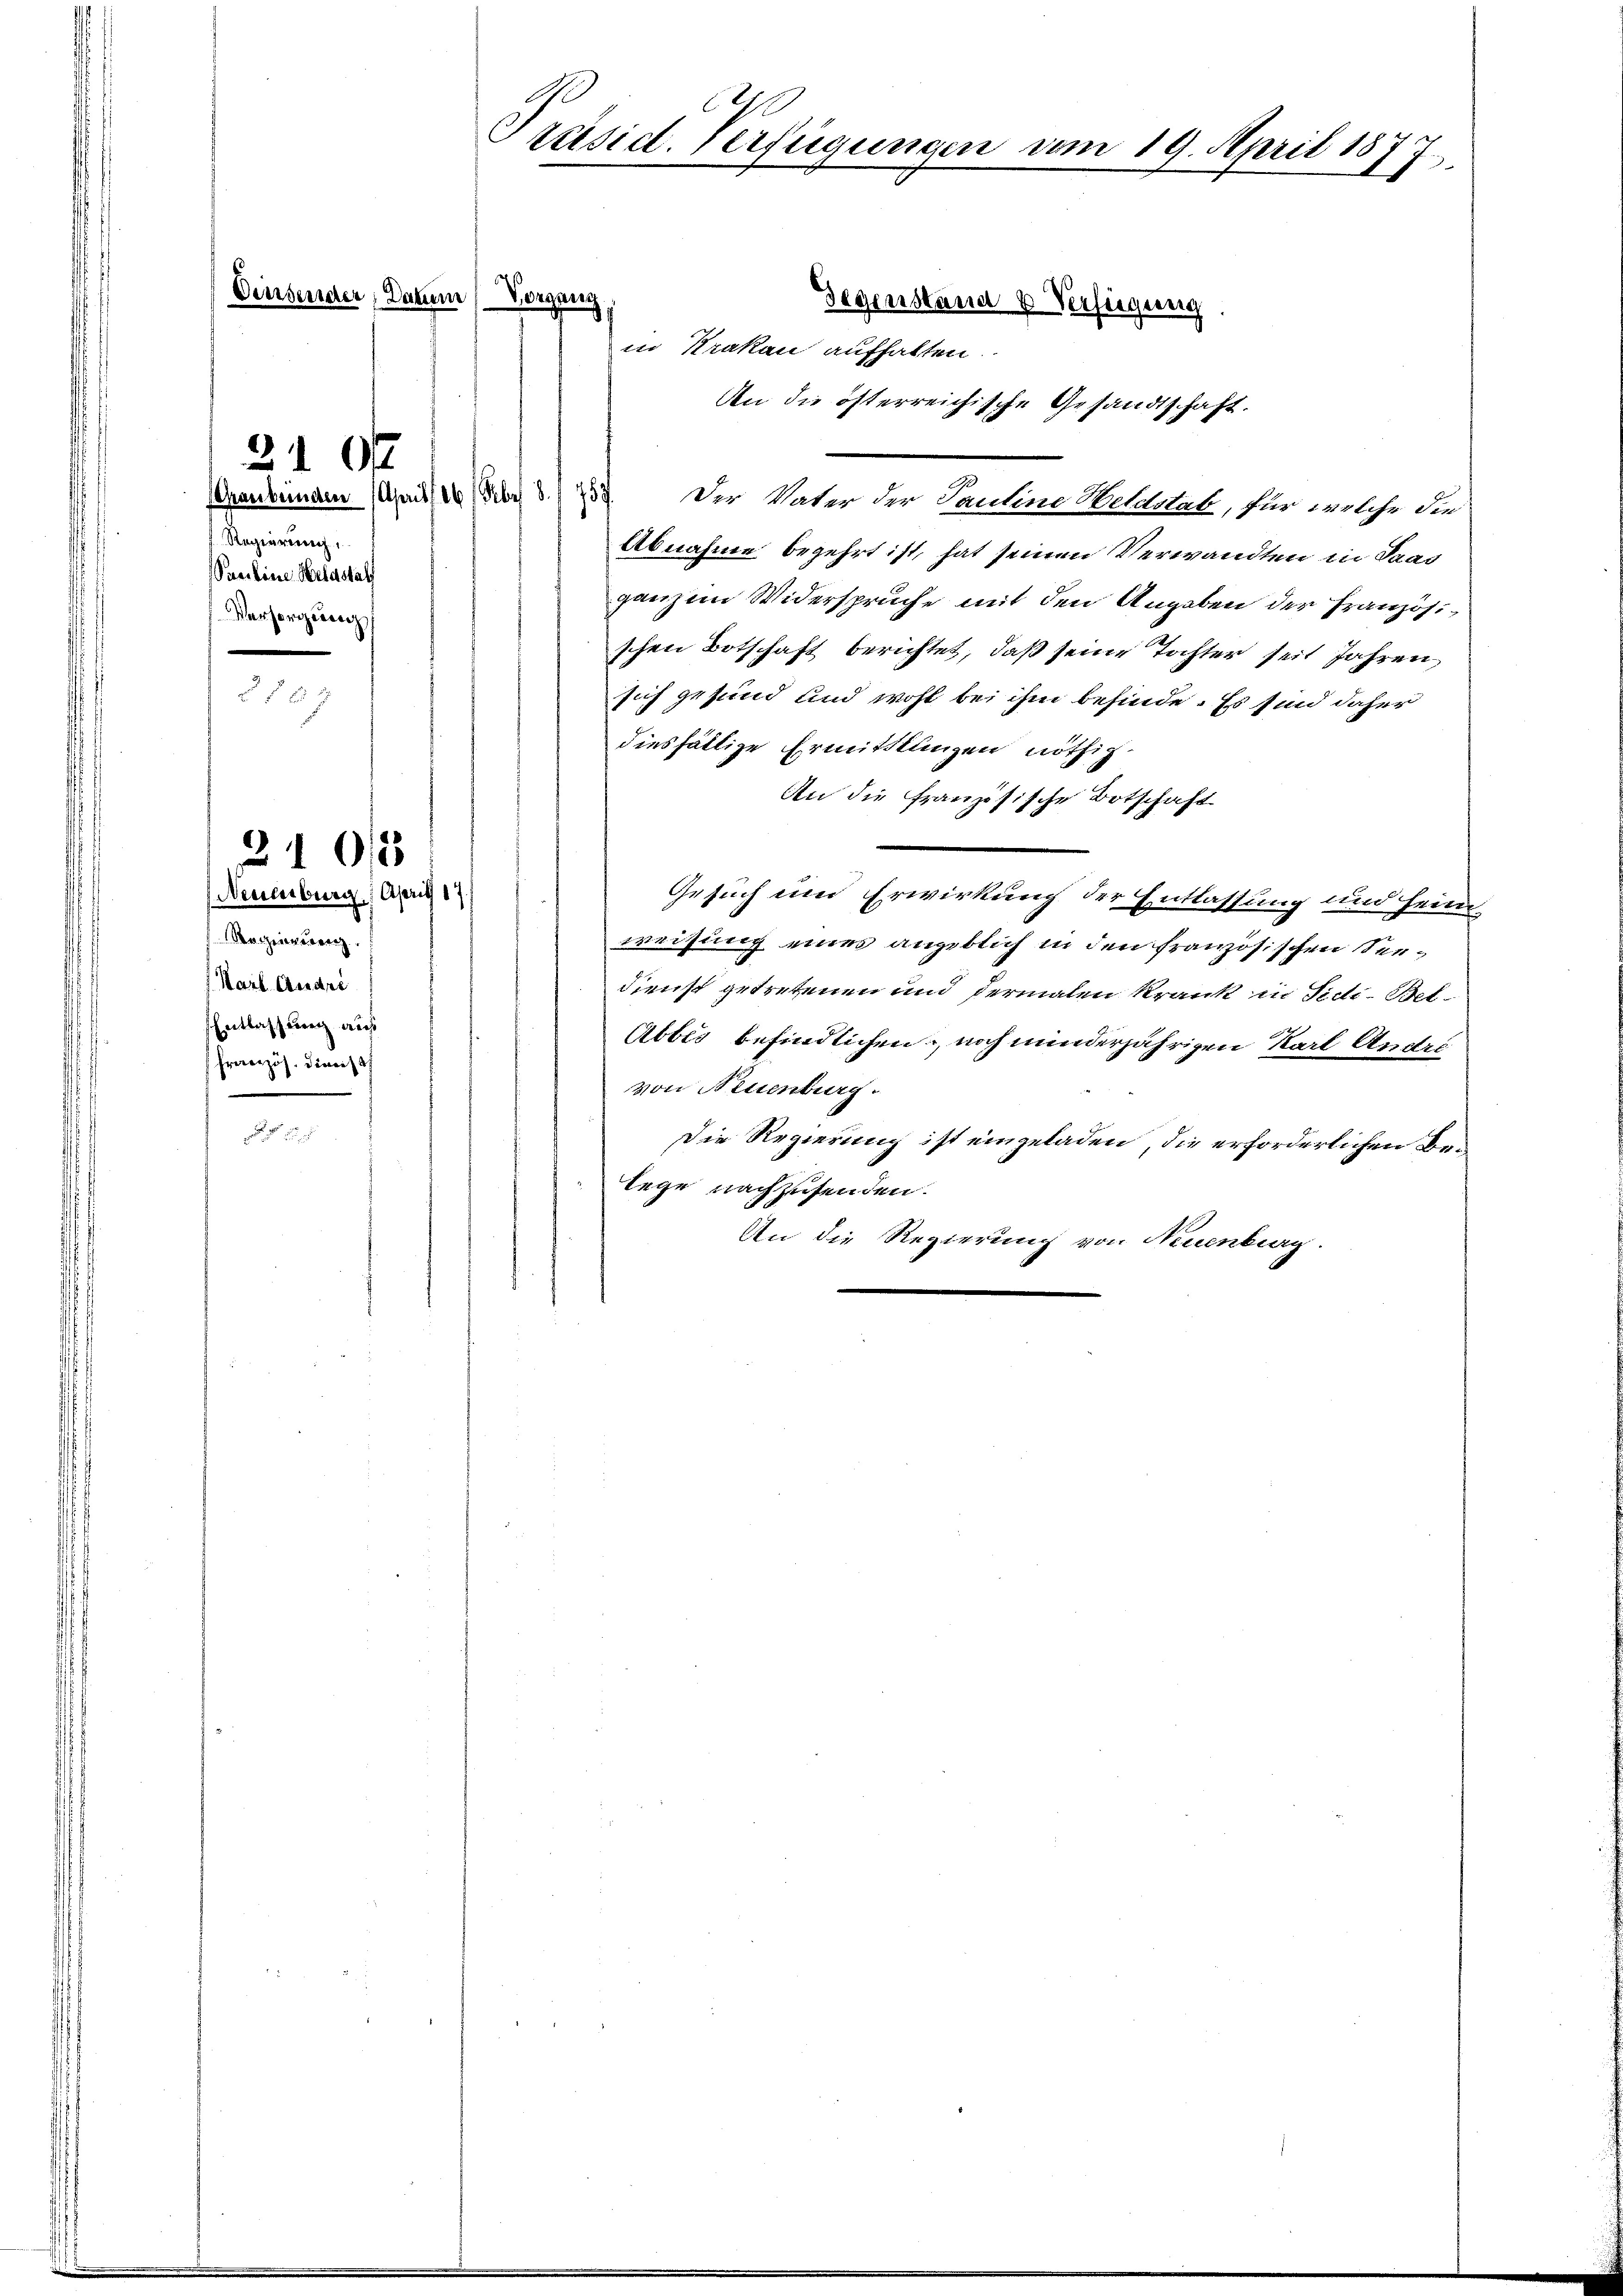
Graubünden Aprill 26. Febr. 8. 1757.
Regierung,
Paeckene Helastal
Versorgung

Einsender, Datum Vorgang,

210

Nachweig
Karl Andri
Entlassung auf
zös. Dienst

210/5
Neuenburg, April 17

0
Präsid. Verfügungen vom 19. April 1877.

in Krakau aufhalten.
An die österreichische Gesandtschaft.
Der Vater der Pauline Heldstab, für welche die
Abnahme begehrt ist, hat seinen Verwandten in Paad
ganz im Widerspruche mit den Angaben der Französischen Botschaft berichtet, daß seine Tochter seit Jahren,
sich gesund und wohl bei ihm befinde. Es sind daher
diesfällige Ermittlungen nöthig.
An die Französische Botschaft
Gesuch und Erwirkung der Entlassung und Hein
weisung eines angeblich in den französischen Seedienst getretenen und dermalen Krank in Fidi-Bet¬
Abbes befindlichen, noch minderjährigen Karl Andri
von Neuenburg.
Die Regierung ist eingeladen, die erforderlichen Belege nachzusenden.
An die Regierung von Neuenburg.

Gegenstand u Verfügung